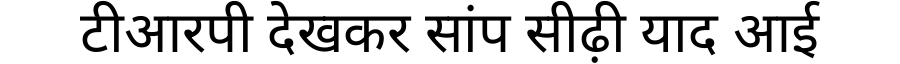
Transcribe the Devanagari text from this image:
टीआरपी देखकर सांप सीढ़ी याद आई